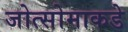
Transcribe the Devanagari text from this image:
जोत्सोमाकडे